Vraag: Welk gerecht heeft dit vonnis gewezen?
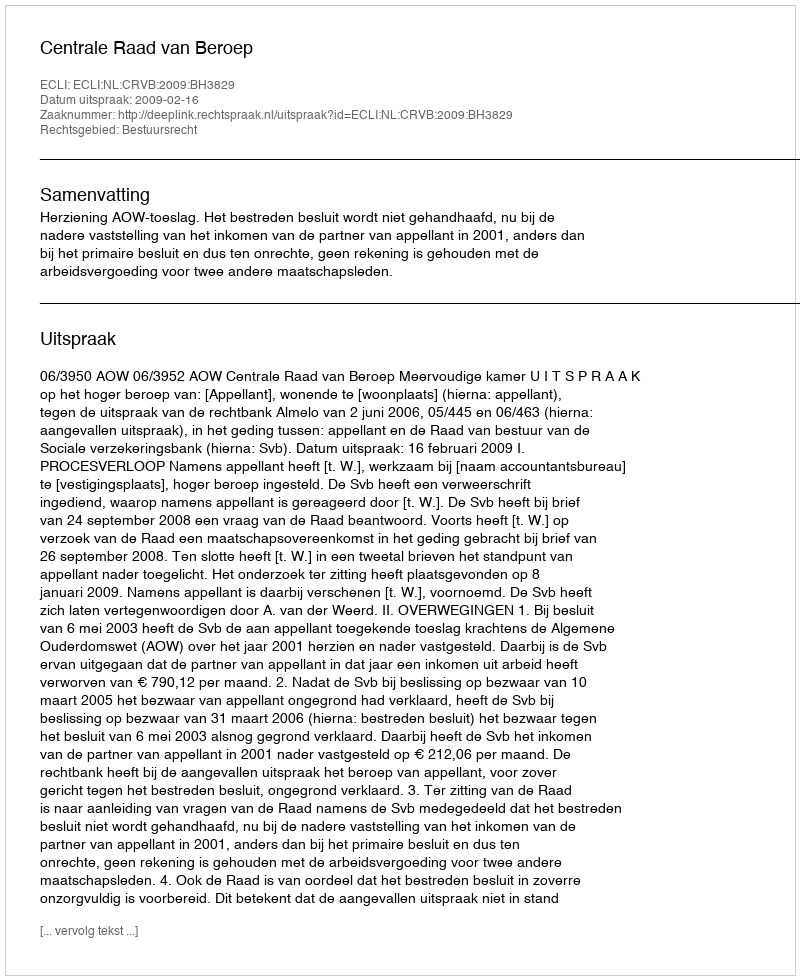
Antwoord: Centrale Raad van Beroep